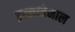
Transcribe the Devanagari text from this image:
इस्लातेमाल